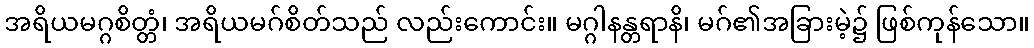
အရိယမဂ္ဂစိတ္တံ၊ အရိယမဂ်စိတ်သည် လည်းကောင်း။ မဂ္ဂါနန္တရာနိ၊ မဂ်၏အခြားမဲ့၌ ဖြစ်ကုန်သော။